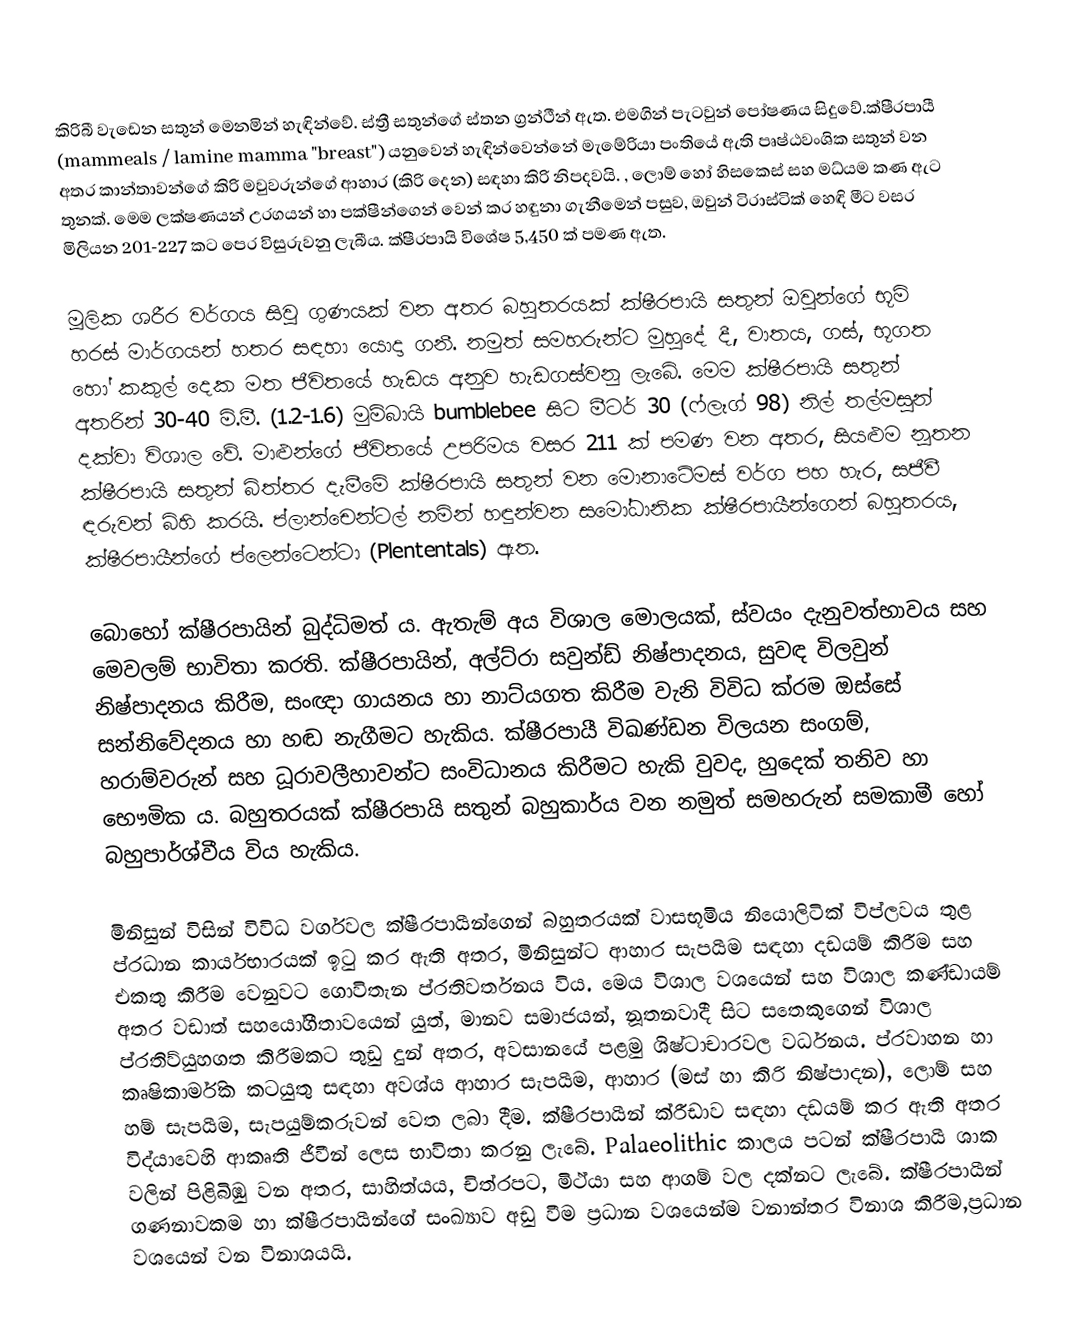
කිරිබී වැඩෙන සතුන් මෙනමින් හැඳින්වේ. ස්ත්‍රී සතුන්ගේ ස්තන ග්‍රන්ථීන් ඇත. එමගින් පැටවුන් පෝෂණය සිදුවේ.ක්ෂීරපායී (mammeals / lamine mamma "breast") යනුවෙන් හැඳින්වෙන්නේ මැමේරියා පංතියේ ඇති පෘෂ්ඨවංශික සතුන් වන අතර කාන්තාවන්ගේ කිරි මවුවරුන්ගේ ආහාර (කිරි දෙන) සඳහා කිරි නිපදවයි. , ලොම් හෝ හිසකෙස් සහ මධ්යම කණ ඇට තුනක්. මෙම ලක්ෂණයන් උරගයන් හා පක්ෂීන්ගෙන් වෙන් කර හඳුනා ගැනීමෙන් පසුව, ඔවුන් ටිරාස්ටික් හෙඳි මීට වසර මිලියන 201-227 කට පෙර විසුරුවනු ලැබීය. ක්ෂීරපායි විශේෂ 5,450 ක් පමණ ඇත.

මූලික ශරීර වර්ගය සිවු ගුණයක් වන අතර බහුතරයක් ක්ෂීරපායි සතුන් ඔවුන්ගේ භූමි හරස් මාර්ගයන් හතර සඳහා යොදා ගනී. නමුත් සමහරුන්ට මුහුදේ දී, වාතය, ගස්, භූගත හෝ කකුල් දෙක මත ජීවිතයේ හැඩය අනුව හැඩගස්වනු ලැබේ. මෙම ක්ෂීරපායි සතුන් අතරින් 30-40 මි.මී. (1.2-1.6) මුම්බායි bumblebee සිට මීටර් 30 (ෆ්ලෑග් 98) නිල් තල්මසුන් දක්වා විශාල වේ. මාළුන්ගේ ජීවිතයේ උපරිමය වසර 211 ක් පමණ වන අතර, සියළුම නූතන ක්ෂීරපායි සතුන් බිත්තර දැමීමේ ක්ෂීරපායි සතුන් වන මොනාටේමස් වර්ග පහ හැර, සජීවී  ඳරුවන් බිහි කරයි. ප්ලාන්චෙන්ටල් නමින් හඳුන්වන සමෝධානික ක්ෂීරපායීන්ගෙන් බහුතරය, ක්ෂීරපායීන්ගේ ප්ලෙන්ටෙන්ටා (Plententals) ඇත.

බොහෝ ක්ෂීරපායින් බුද්ධිමත් ය. ඇතැම් අය විශාල මොලයක්, ස්වයං දැනුවත්භාවය සහ මෙවලම් භාවිතා කරති. ක්ෂීරපායින්, අල්ට්රා සවුන්ඩ් නිෂ්පාදනය, සුවඳ විලවුන් නිෂ්පාදනය කිරීම, සංඥා ගායනය හා නාට්යගත කිරීම වැනි විවිධ ක්රම ඔස්සේ සන්නිවේදනය හා හඬ නැගීමට හැකිය. ක්ෂීරපායී විඛණ්ඩන විලයන සංගම්, හරාම්වරුන් සහ ධූරාවලීහාවන්ට සංවිධානය කිරීමට හැකි වුවද, හුදෙක් තනිව හා භෞමික ය. බහුතරයක් ක්ෂීරපායි සතුන් බහුකාර්ය වන නමුත් සමහරුන් සමකාමී හෝ බහුපාර්ශ්වීය විය හැකිය.

මිනිසුන් විසින් විවිධ වර්ගවල ක්ෂීරපායීන්ගෙන් බහුතරයක් වාසභූමිය නියොලිටික් විප්ලවය තුළ ප්රධාන කාර්යභාරයක් ඉටු කර ඇති අතර, මිනිසුන්ට ආහාර සැපයීම සඳහා දඩයම් කිරීම සහ එකතු කිරීම වෙනුවට ගොවිතැන ප්රතිවර්තනය විය. මෙය විශාල වශයෙන් සහ විශාල කණ්ඩායම් අතර වඩාත් සහයෝගීතාවයෙන් යුත්, මානව සමාජයන්, නූතනවාදී සිට සතෙකුගෙන් විශාල ප්රතිව්යුහගත කිරීමකට තුඩු දුන් අතර, අවසානයේ පළමු ශිෂ්ටාචාරවල වර්ධනය. ප්රවාහන හා කෘෂිකාර්මික කටයුතු සඳහා අවශ්ය ආහාර සැපයීම, ආහාර (මස් හා කිරි නිෂ්පාදන), ලොම් සහ හම් සැපයීම, සැපයුම්කරුවන් වෙත ලබා දීම. ක්ෂීරපායීන් ක්රීඩාව සඳහා දඩයම් කර ඇති අතර විද්යාවෙහි ආකෘති ජීවීන් ලෙස භාවිතා කරනු ලැබේ. Palaeolithic කාලය පටන් ක්ෂීරපායී ශාක වලින් පිළිබිඹු වන අතර, සාහිත්යය, චිත්රපට, මිථ්යා සහ ආගම් වල දක්නට ලැබේ. ක්ෂීරපායීන් ගණනාවකම හා ක්ෂීරපායීන්ගේ සංඛ්‍යාව අඩු වීම ප්‍රධාන වශයෙන්ම වනාන්තර විනාශ කිරීම,ප්‍රධාන වශයෙන් වන විනාශයයි.